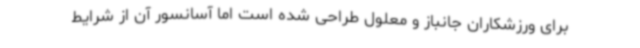
برای ورزشکاران جانباز و معلول طراحی شده است اما آسانسور آن از شرایط